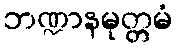
ဘဏ္ဍာနမုတ္တမံ